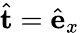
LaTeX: \hat{\mathbf{t}}=\hat{\mathbf{e}}_{x}